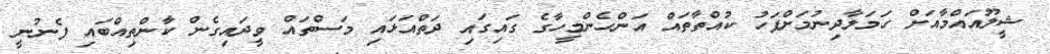
ޝީލޫއައްމާއަށް ހަމަލާދިނުމަށްފަހު ކުއްތާތައް އަންހެންމީހާގެ ގައިގައި ދަތްއަޅައި މަސްތައް ވީދައިގެން ކާންތިއްބައި ފެނުނީ